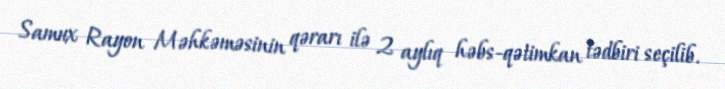
Samux Rayon Məhkəməsinin qərarı ilə 2 aylıq həbs-qətimkan tədbiri seçilib.